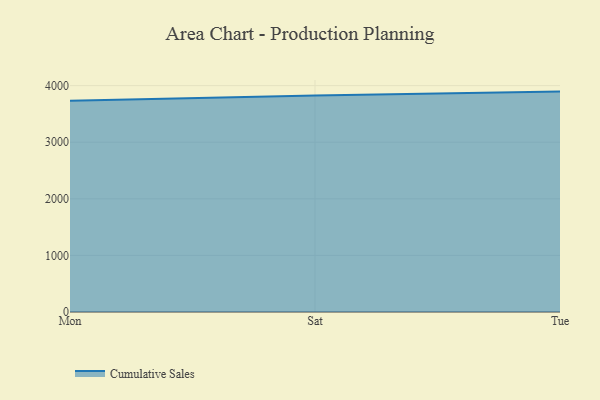
{"axis": {"x": "Day", "y": "Energy Usage (MWh)"}, "legend": ["Cumulative Sales"], "data": [{"x": "Mon", "y": 3733.7, "type": "Cumulative Sales"}, {"x": "Sat", "y": 3827.7, "type": "Cumulative Sales"}, {"x": "Tue", "y": 3894.6, "type": "Cumulative Sales"}]}